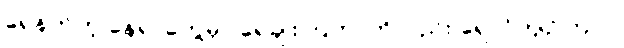
ရေနက်တဲ့ နေရာတွေမှာ ရေချိုးကြတာကိုလည်း ရှောင်ကျဉ်ကြပါ။